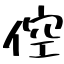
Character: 倥